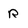
Character: R